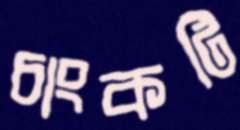
চাংকটি